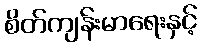
စိတ်ကျန်းမာရေးနှင့်